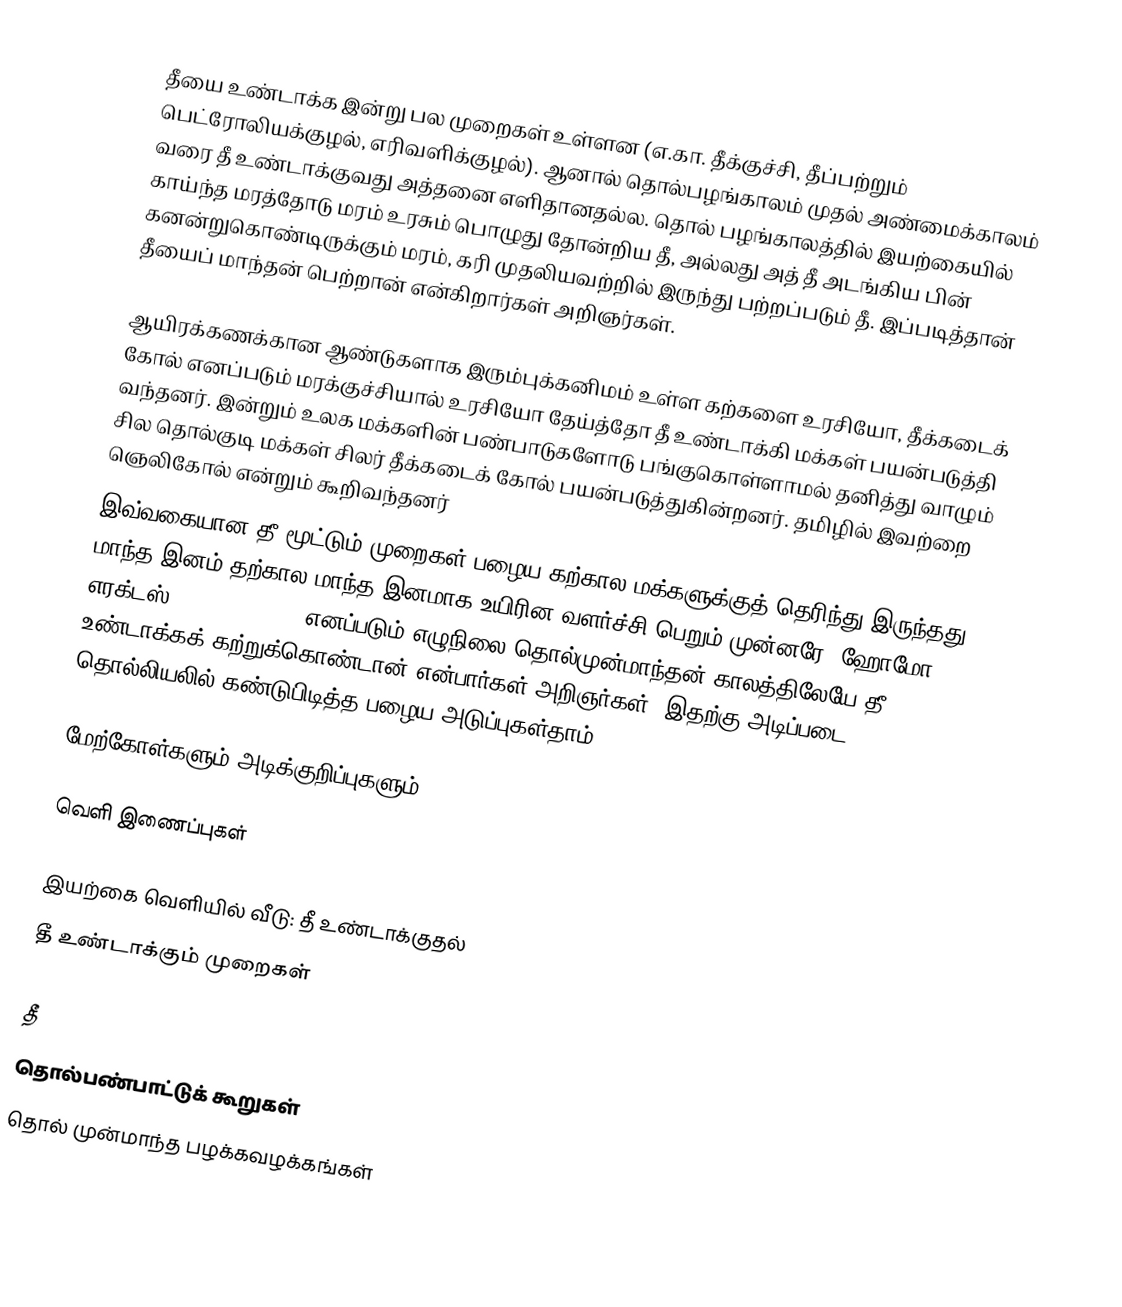
தீயை உண்டாக்க இன்று பல முறைகள் உள்ளன (எ.கா. தீக்குச்சி, தீப்பற்றும் பெட்ரோலியக்குழல், எரிவளிக்குழல்). ஆனால் தொல்பழங்காலம் முதல் அண்மைக்காலம் வரை தீ உண்டாக்குவது அத்தனை எளிதானதல்ல. தொல் பழங்காலத்தில் இயற்கையில் காய்ந்த மரத்தோடு மரம் உரசும் பொழுது தோன்றிய தீ, அல்லது அத் தீ அடங்கிய பின் கனன்றுகொண்டிருக்கும் மரம், கரி முதலியவற்றில் இருந்து பற்றப்படும் தீ. இப்படித்தான் தீயைப் மாந்தன் பெற்றான் என்கிறார்கள் அறிஞர்கள்.

ஆயிரக்கணக்கான ஆண்டுகளாக இரும்புக்கனிமம் உள்ள கற்களை உரசியோ, தீக்கடைக் கோல் எனப்படும் மரக்குச்சியால் உரசியோ தேய்த்தோ தீ உண்டாக்கி  மக்கள் பயன்படுத்தி வந்தனர். இன்றும் உலக மக்களின் பண்பாடுகளோடு பங்குகொள்ளாமல் தனித்து வாழும் சில தொல்குடி மக்கள் சிலர்  தீக்கடைக் கோல் பயன்படுத்துகின்றனர். தமிழில் இவற்றை ஞெலிகோல் என்றும் கூறிவந்தனர்
இவ்வகையான தீ மூட்டும் முறைகள் பழைய கற்கால மக்களுக்குத் தெரிந்து இருந்தது. மாந்த இனம் தற்கால மாந்த இனமாக உயிரின வளர்ச்சி பெறும் முன்னரே, ஹோமோ எரக்டஸ் (Homo erectus) எனப்படும் எழுநிலை தொல்முன்மாந்தன் காலத்திலேயே தீ உண்டாக்கக் கற்றுக்கொண்டான் என்பார்கள் அறிஞர்கள். இதற்கு அடிப்படை தொல்லியலில் கண்டுபிடித்த  பழைய அடுப்புகள்தாம்

மேற்கோள்களும் அடிக்குறிப்புகளும்

வெளி இணைப்புகள்

இயற்கை வெளியில் வீடு: தீ உண்டாக்குதல்
தீ உண்டாக்கும் முறைகள்

தீ
தொல்பண்பாட்டுக் கூறுகள்
தொல் முன்மாந்த பழக்கவழக்கங்கள்